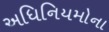
અધિનિયમોના